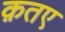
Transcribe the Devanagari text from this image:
क़तए